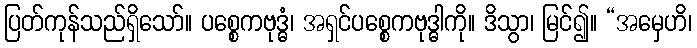
ပြတ်ကုန်သည်ရှိသော်။ ပစ္စေကဗုဒ္ဓံ၊ အရှင်ပစ္စေကဗုဒ္ဓါကို။ ဒိသွာ၊ မြင်၍။ “အမှေဟိ၊